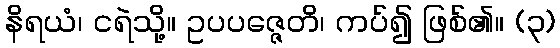
နိရယံ၊ ငရဲသို့။ ဥပပဇ္ဇေတိ၊ ကပ်၍ ဖြစ်၏။ (၃)